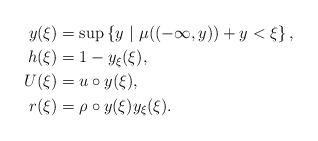
\begin{align*}y(\xi)&=\sup\left\{y\ |\ \mu((-\infty,y))+y<\xi\right\},\\h(\xi)&=1-y_\xi(\xi),\\U(\xi)&=u\circ{y(\xi)},\\r(\xi)&=\rho\circ{y(\xi)}y_\xi(\xi).\end{align*}